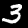
Digit: 3